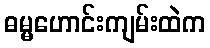
ဓမ္မဟောင်းကျမ်းထဲက